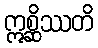
ဣစ္ဆိဿတိ